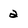
Character: 2